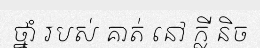
ថ្នាំ របស់ គាត់ នៅ ក្លី និច